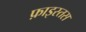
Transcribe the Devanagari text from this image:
फ़ाइस्तस